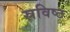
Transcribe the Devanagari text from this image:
स्रविष्ठ